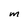
Character: M